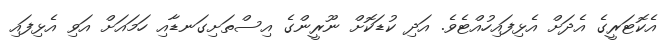
އެކޮޓަރީގެ އެދަށް އެޅިފައިހުއްޓެވެ. އަދި ކުޑަކޮށް ނޫރީންގެ އިސްތަށިގަނޑާއި ހަމައަށް އަވި އެޅިފައި